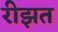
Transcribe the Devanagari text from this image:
रीझत